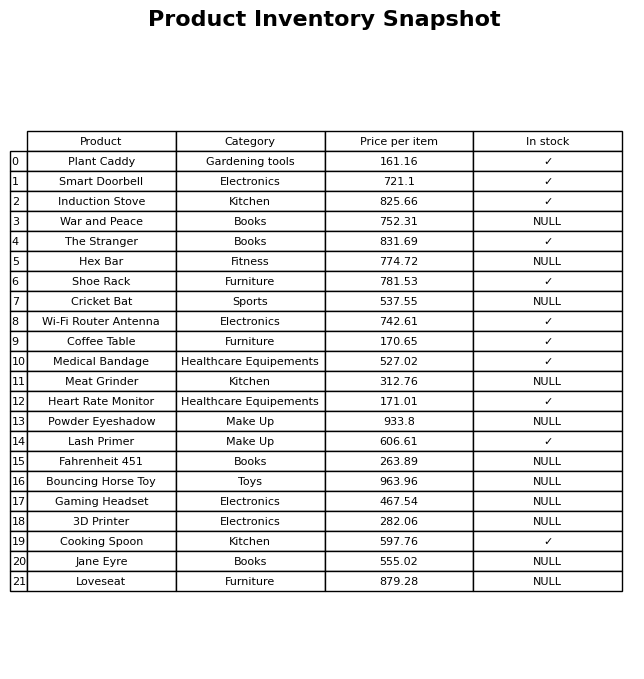
question: What is the price of the Loveseat?
answer: The price of Loveseat is 879.28.